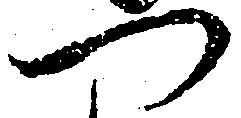
つ